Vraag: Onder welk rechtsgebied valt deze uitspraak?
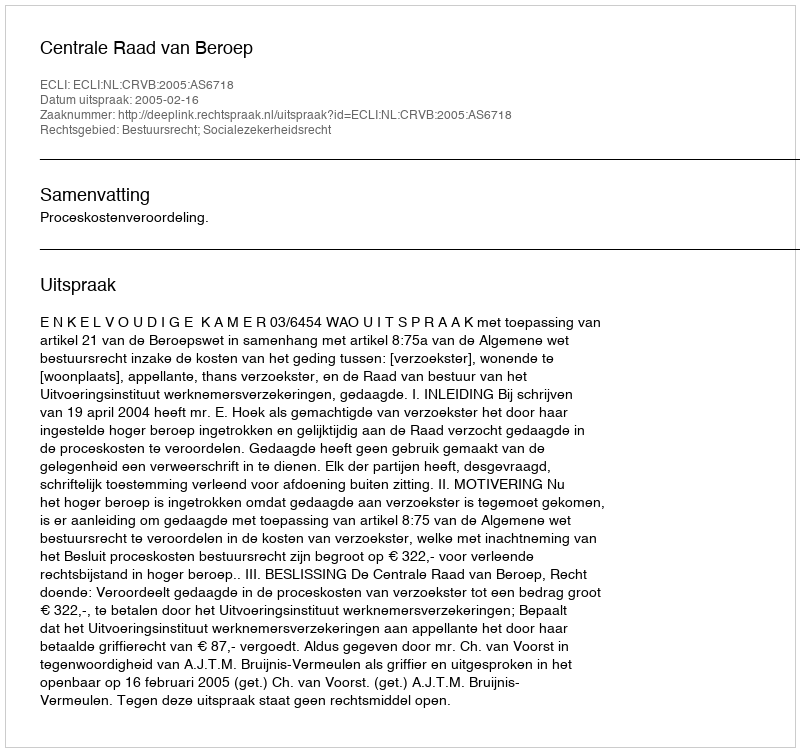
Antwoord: Bestuursrecht; Socialezekerheidsrecht